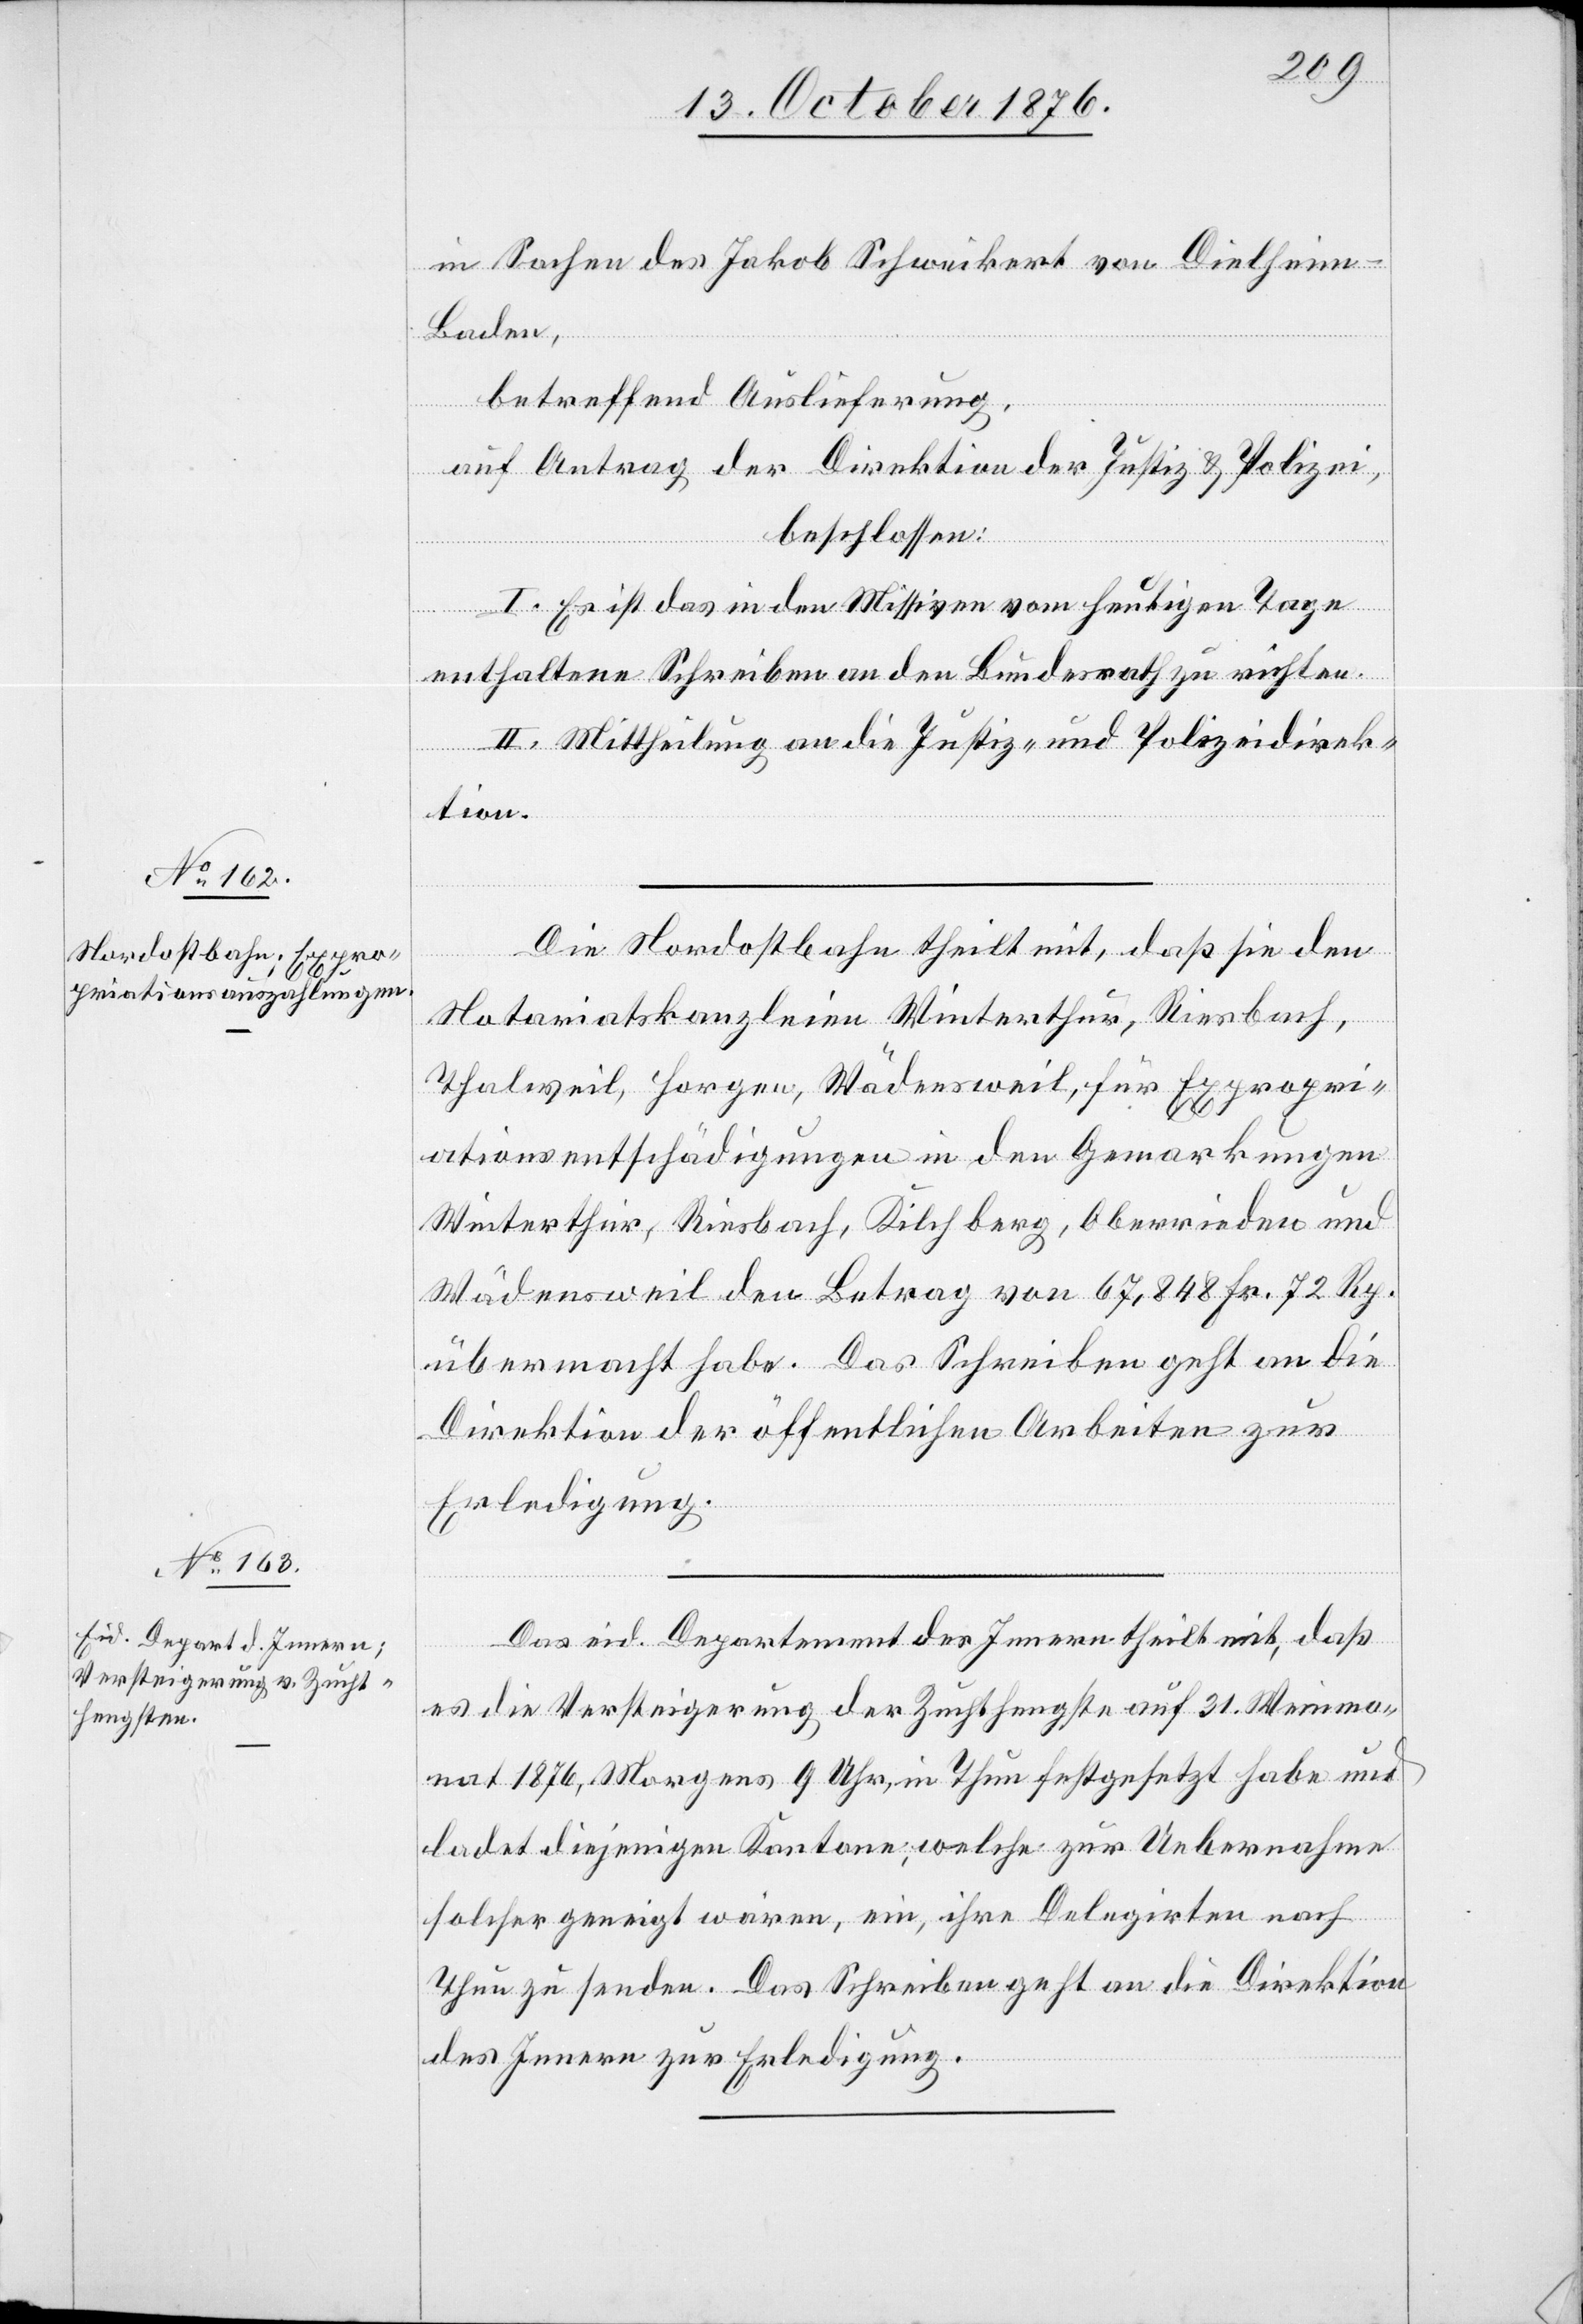
17. October 1876.]
in Sachen des Jakob Schweikert von Dielheim
Baden,
betreffend Auslieferung,
auf Antrag der Direktion der Justiz & Polizei,
beschlossen:
I. Es ist das in den Missiven vom heutigen Tage
enthaltene Schreiben an den Bundesrath zu richten.
II. Mittheilung an die Justiz- und Polizeidirek¬
tion.
Die Nordostbahn theilt mit, daß sie den
Notariatskanzleien Winterthur, Riesbach,
Thalweil, Horgen, Wädensweil, für Expropri¬
ationsentschädigungen in den Gemarkungen
Winterthur, Riesbach, Kilchberg, Oberrieden und
Wädensweil den Betrag von 67,848 Fr. 72 Rp.
übermacht habe. Das Schreiben geht an die
Direktion der öffentlichen Arbeiten zur
Erledigung.
Das eid. Departement des Innern theilt mit, daß
es die Versteigerung der Zuchthengste auf 31. Weinmo¬
nat 1876, Morgens 9 Uhr, in Thun festgesetzt habe und
ladet diejenigen Kantone, welche zur Uebernahme
solcher geneigt wären, ein, ihre Delegirten nach
Thun zu senden. Das Schreiben geht an die Direktion
des Innern zur Erledigung.